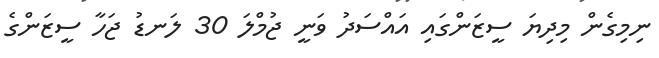
ނިމިގެން މިދިޔަ ސީޒަންގައި އައްސަދު ވަނީ ޖުމްލަ 30 ލަނޑު ޖަހާ ސީޒަންގެ